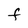
Character: f